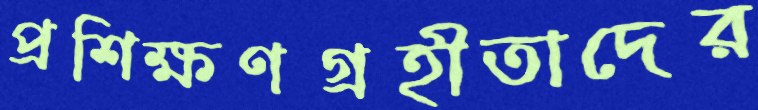
প্রশিক্ষণগ্রহীতাদের